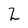
Character: 2